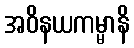
အဝိနယကမ္မာနိ